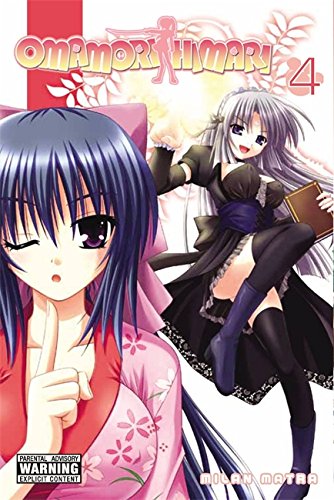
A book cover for Omamori Himari, Vol. 4; Comics & Graphic Novels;